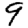
Digit: 9